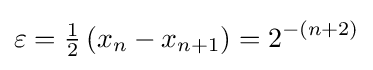
\varepsilon ={\tfrac {1}{2}}\left(x_{n}-x_{n+1}\right)=2^{-(n+2)}